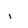
Character: i